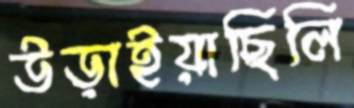
উড়াইয়াছিলি